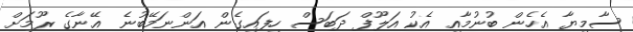
ސާމިޔާ އެހެން ބުނުމާއި އެކު އަލޫފް ދަބަސް ހިފައިގެން އަންނަމޭބުނެ އޭނާގެ ރޫމަށް